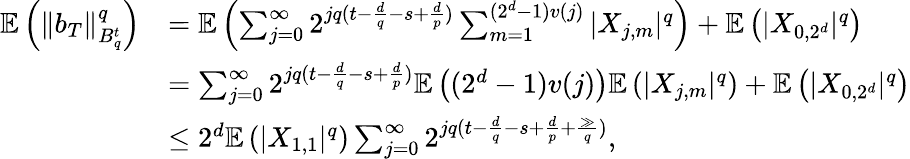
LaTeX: \begin{array}{rl}{\mathbb{E}\left(\| b_{T}\| _{B_{q}^{t}}^{q}\right)}&{=\mathbb{E}\left(\sum_{j=0}^{\infty}2^{jq(t-\frac{d}{q}-s+\frac{d}{p})}\sum_{m=1}^{(2^{d}-1)v(j)}|X_{j,m}|^{q}\right)+\mathbb{E}\left(|X_{0,{2^{d}}}|^{q}\right)}\\ &{=\sum_{j=0}^{\infty}2^{jq(t-\frac{d}{q}-s+\frac{d}{p})}\mathbb{E}\left((2^{d}-1)v(j)\right)\mathbb{E}\left(|X_{j,m}|^{q}\right)+\mathbb{E}\left(|X_{0,{2^{d}}}|^{q}\right)}\\ &{\le 2^{d}\mathbb{E}\left(|X_{1,1}|^{q}\right)\sum_{j=0}^{\infty}2^{jq(t-\frac{d}{q}-s+\frac{d}{p}+\frac{\gg}{q})},}\end{array}